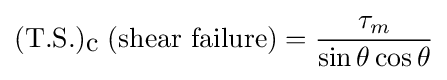
({\mbox{T.S.}})_{\mbox{c}}\;({\mbox{shear failure}})={\frac {\tau _{m}}{\sin {\theta }\cos {\theta }}}